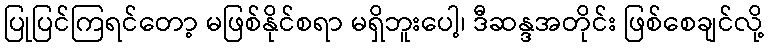
ပြုပြင်ကြရင်တော့ မဖြစ်နိုင်စရာ မရှိဘူးပေါ့၊ ဒီဆန္ဒအတိုင်း ဖြစ်စေချင်လို့